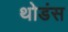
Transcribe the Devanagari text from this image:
थोडंस